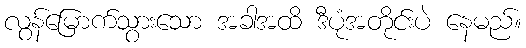
လွန်မြောက်သွားသော အခါအထိ ဒီပုံအတိုင်းပဲ နေမည်။